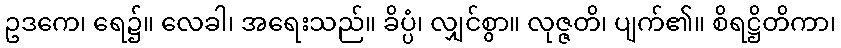
ဥဒကေ၊ ရေ၌။ လေခါ၊ အရေးသည်။ ခိပ္ပံ၊ လျှင်စွာ။ လုဇ္ဇတိ၊ ပျက်၏။ စိရဋ္ဌိတိကာ၊